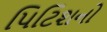
પિટિશનો